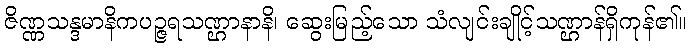
ဇိဏ္ဏသန္ဒမာနိကပဉ္ဇရသဏ္ဌာနာနိ၊ ဆွေးမြည့်သော သံလျင်းချိုင့်သဏ္ဌာန်ရှိကုန်၏။